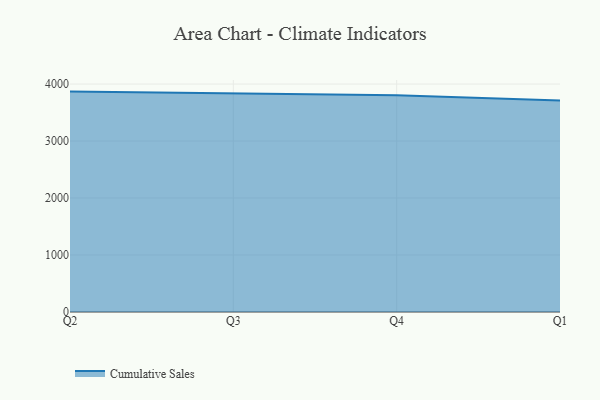
{"axis": {"x": "Quarter", "y": "Population (Million)"}, "legend": ["Cumulative Sales"], "data": [{"x": "Q2", "y": 3867.5, "type": "Cumulative Sales"}, {"x": "Q3", "y": 3835.3, "type": "Cumulative Sales"}, {"x": "Q4", "y": 3803.3, "type": "Cumulative Sales"}, {"x": "Q1", "y": 3709.3, "type": "Cumulative Sales"}]}